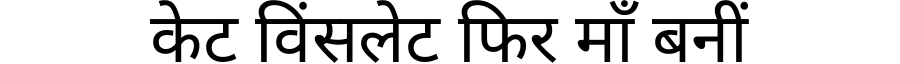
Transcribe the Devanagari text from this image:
केट विंसलेट फिर माँ बनीं